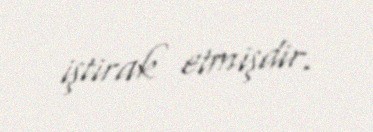
iştirak etmişdir.